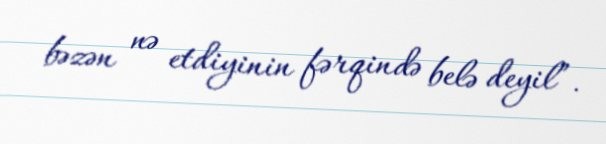
bəzən nə etdiyinin fərqində belə deyil”.